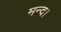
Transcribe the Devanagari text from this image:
मन्द।